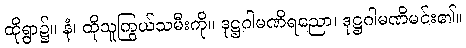
ထိုရွာ၌။ နံ၊ ထိုသူကြွယ်သမီးကို။ ဒုဋ္ဌဂါမဏိရညော၊ ဒုဋ္ဌဂါမဏိမင်း၏။